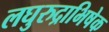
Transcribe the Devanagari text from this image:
लघुरुद्राभिषेक